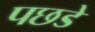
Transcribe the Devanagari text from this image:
पछडे